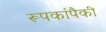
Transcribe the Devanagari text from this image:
रूपकांपैकी